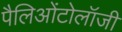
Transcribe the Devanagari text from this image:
पैलिओंटोलॉजी